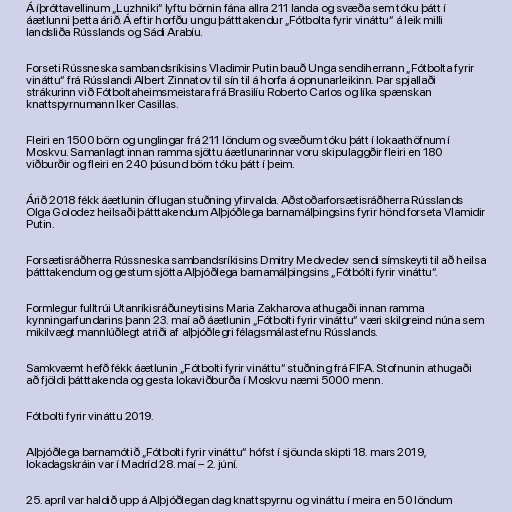
Á íþróttavellinum „Luzhniki“ lyftu börnin fána allra 211 landa og svæða sem tóku þátt í
áætlunni þetta árið. Á eftir horfðu ungu þátttakendur „Fótbolta fyrir vináttu“ á leik milli
landsliða Rússlands og Sádi Arabíu.

Forseti Rússneska sambandsríkisins Vladimir Putin bauð Unga sendiherrann „Fótbolta fyrir
vináttu“ frá Rússlandi Albert Zinnatov til sín til á horfa á opnunarleikinn. Þar spjallaði
strákurinn við Fótboltaheimsmeistara frá Brasilíu Roberto Carlos og líka spænskan
knattspyrnumann Iker Casillas.

Fleiri en 1500 börn og unglingar frá 211 löndum og svæðum tóku þátt í lokaathöfnum í
Moskvu. Samanlagt innan ramma sjöttu áætlunarinnar voru skipulaggðir fleiri en 180
viðburðir og fleiri en 240 þúsund börn tóku þátt í þeim.

Árið 2018 fékk áætlunin öflugan stuðning yfirvalda. Aðstoðarforsætisráðherra Rússlands
Olga Golodez heilsaði þátttakendum Alþjóðlega barnamálþingsins fyrir hönd forseta Vlamidir
Putin.

Forsætisráðherra Rússneska sambandsríkisins Dmitry Medvedev sendi símskeyti til að heilsa
þátttakendum og gestum sjötta Alþjóðlega barnamálþingsins „Fótbólti fyrir vináttu“.

Formlegur fulltrúi Utanríkisráðuneytisins Maria Zakharova athugaði innan ramma
kynningarfundarins þann 23. maí að áætlunin „Fótbolti fyrir vináttu“ væri skilgreind núna sem
mikilvægt mannlúðlegt atriði af alþjóðlegri félagsmálastefnu Rússlands.

Samkvæmt hefð fékk áætlunin „Fótbolti fyrir vináttu“ stuðning frá FIFA. Stofnunin athugaði
að fjöldi þátttakenda og gesta lokaviðburða í Moskvu næmi 5000 menn.

Fótbolti fyrir vináttu 2019.

Alþjóðlega barnamótið „Fótbolti fyrir vináttu“ hófst í sjöunda skipti 18. mars 2019,
lokadagskráin var í Madríd 28. maí – 2. júní.

25. apríl var haldið upp á Alþjóðlegan dag knattspyrnu og vináttu í meira en 50 löndum